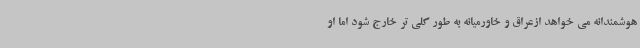
هوشمندانه می خواهد ازعراق و خاورمیانه به طور کلی تر خارج شود اما او